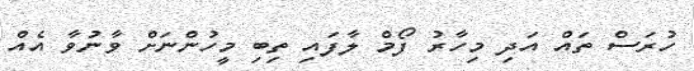
ހުރަސް ތައް އަދި މިހާރު ފޯމް ލާފައި ތިބި މީހުންނަށް ވާނުވާ އެއް